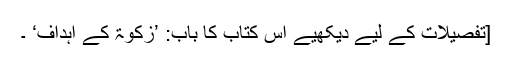
[تفصیلات کے لیے دیکھیے اس کتاب کا باب: ’زکوٰۃ کے اہداف‘ ۔